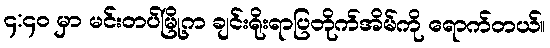
၄:၄၀ မှာ မင်းတပ်မြို့က ချင်းရိုးရာပြတိုက်အိမ်ကို ရောက်တယ်။